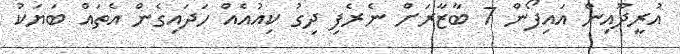
އުރީދޫއިން އައިފޯން 7 ބާޒާރަށް ނެރެފި ދިގު ކިއުއެއް ހަދައިގެން އެތައް ބަޔަކު